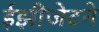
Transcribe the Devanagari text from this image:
ईझीजेटने